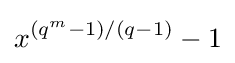
x^{(q^{m}-1)/(q-1)}-1